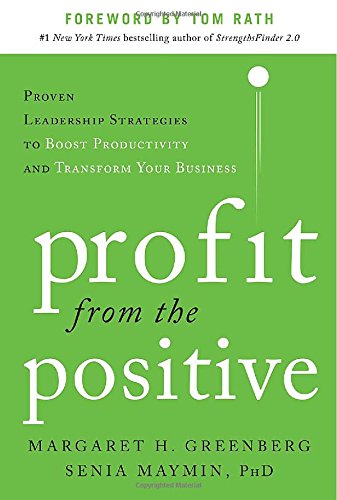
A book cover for Profit from the Positive: Proven Leadership Strategies to Boost Productivity and Transform Your Business, with a foreword by Tom Rath; Margaret Greenberg; Business & Money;